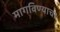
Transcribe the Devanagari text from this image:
मागविण्याचा